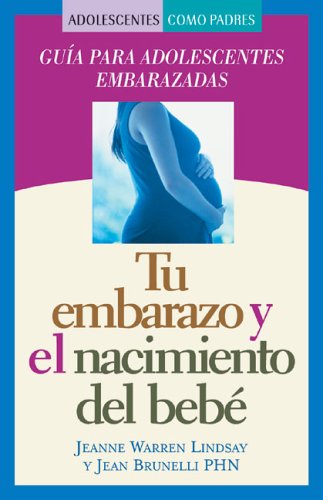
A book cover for Tu embarazo y el nacimiento del bebÃ©: GuÃ­a para adolescentes embarazadas (Teen Pregnancy and Parenting series) (Spanish Edition); Jeanne Warren Lindsay; Health, Fitness & Dieting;